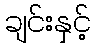
ချင်းနှင့်